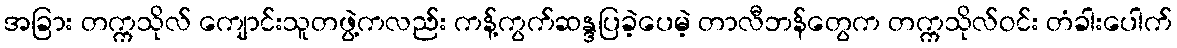
အခြား တက္ကသိုလ် ကျောင်းသူတဖွဲ့ကလည်း ကန့်ကွက်ဆန္ဒပြခဲ့ပေမဲ့ တာလီဘန်တွေက တက္ကသိုလ်ဝင်း တံခါးပေါက်